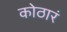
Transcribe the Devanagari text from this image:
कोठारं